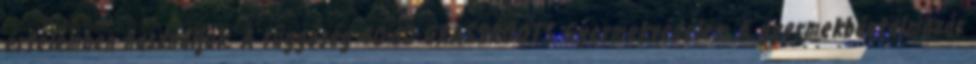
értelemben használjuk. A függőség 40-60 GRASSROOTS Gyermekvédelem A gyermekbántalmazás